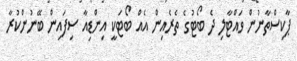
ޕާކިސްތާނުން ވައްޓާލި ދެ ބޯޓުގެ ތެރެއިން އެއް ބޯޓަކީ އިންޑިއާ ސިފައިން ބޭނުންކުރާ